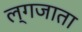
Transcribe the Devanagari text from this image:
ल्गजाता